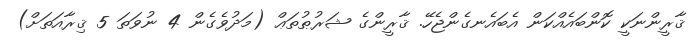
ޤާރީންނަކީ ކޮންބައެއްކަން އެބައެނގެންޖެހޭ. ޤާރީންގެ ޝަރުޠުތަޢް (މަދުވެގެން 4 ނުވަތަ 5 ޤިރާއަތަށް)